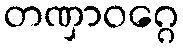
တဏှာဝဂ္ဂေ